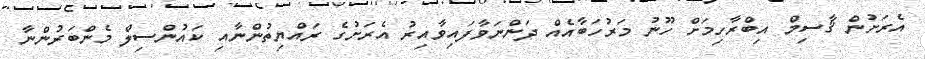
އެރަށުން ޤާސިމް އިބްރާހިމަށް ހޫނު މަރުހަބާއެއް ދަންނަވާފައިވާއިރު އެރަށުގެ ރައްޔިތުންނާއި ކައުންސިލް މެންބަރުންނާ